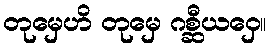
တုမှေဟိ တုမှေ ဂစ္ဆီယဝှေ။